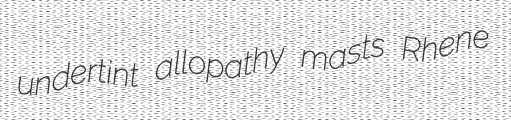
undertint allopathy masts Rhene